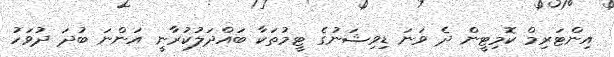
އިންޓަރިމް ކޮމިޓީން ދެ ވަނަ ޑިވިޝަނުގެ ޓީމުތަކާ ބައްދަލުކުރާނީ އަންނަ ބުދަ ދުވަހު